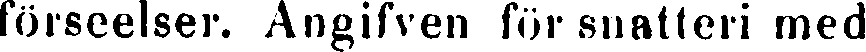
förseelser. Angifven för snatteri med